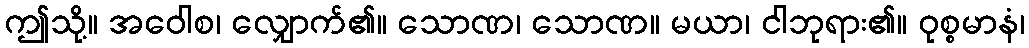
ဤသို့။ အဝေါစ၊ လျှောက်၏။ သောဏ၊ သောဏ။ မယာ၊ ငါဘုရား၏။ ဝုစ္စမာနံ၊